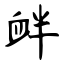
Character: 衅